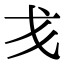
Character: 𢦍